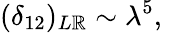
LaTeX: (\delta_{12})_{L\mathbb{R}}\sim\lambda^{5},~~~~